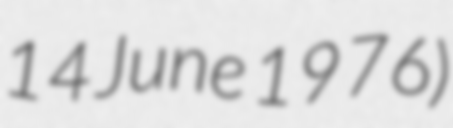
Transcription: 14 June 1976)